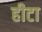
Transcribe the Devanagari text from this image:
हीटा